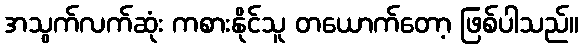
အသွက်လက်ဆုံး ကစားနိုင်သူ တယောက်တော့ ဖြစ်ပါသည်။